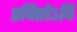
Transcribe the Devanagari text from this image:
प्रविष्टोऽपि